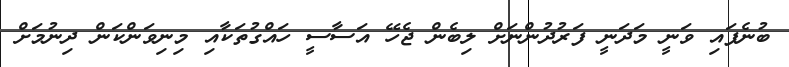
ބުނެފައި ވަނީ މަދަނީ ފަރުދުންނަށް ލިބެން ޖެހޭ އަސާސީ ހައްގުތަކާއި މިނިވަންކަން ދިނުމަށް